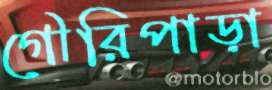
গৌরিপাড়া